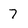
Character: 7